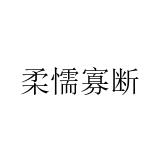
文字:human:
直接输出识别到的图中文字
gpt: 柔懦寡断